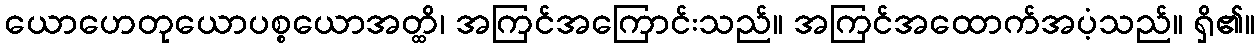
ယောဟေတုယောပစ္စယောအတ္ထိ၊ အကြင်အကြောင်းသည်။ အကြင်အထောက်အပံ့သည်။ ရှိ၏။